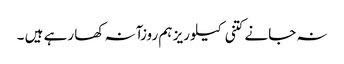
نہ جانے کتنی کیلوریز ہم روزآنہ کھا رہے ہیں ۔